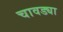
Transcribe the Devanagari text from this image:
चावड्या